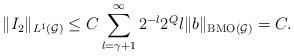
LaTeX: \begin{align*}\|I_2\|_{L^1(\mathcal G)}&\leq C \sum_{l=\gamma+1}^{\infty} 2^{-l} 2^Ql\|b\|_{{\rm BMO}(\mathcal G)}=C.\end{align*}